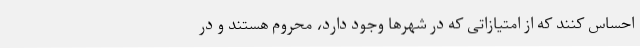
احساس کنند که از امتیازاتی که در شهرها وجود دارد، محروم هستند و در